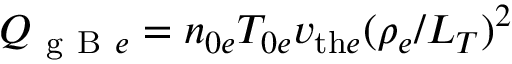
Q _ { \mathrm { ~ g ~ B ~ } e } = n _ { 0 e } T _ { 0 e } v _ { \mathrm { t h } e } ( \rho _ { e } / L _ { T } ) ^ { 2 }